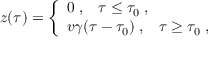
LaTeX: z ( \tau ) = \left\{ \begin{array} { l } { { 0 \; , \; \; \; \tau \leq \tau _ { 0 } \; , } } \\ { { v \gamma ( \tau - \tau _ { 0 } ) \; , \; \; \; \tau \geq \tau _ { 0 } \; , } } \end{array} \right.